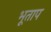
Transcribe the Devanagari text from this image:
भूताप